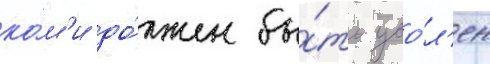
ко́м'и до́лжен бы́ть уво́л'ен